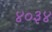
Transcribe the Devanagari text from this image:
४०३४